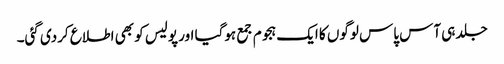
جلد ہی آس پاس لوگوں کا ایک ہجوم جمع ہوگیا اور پولیس کو بھی اطلاع کردی گئی۔